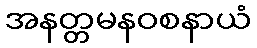
အနတ္တမနဝစနာယံ